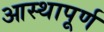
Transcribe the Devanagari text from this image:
आस्थापूर्ण